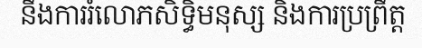
នឹងការរំលោភសិទ្ធិមនុស្ស និងការប្រព្រឹត្ត